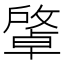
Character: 𢿭